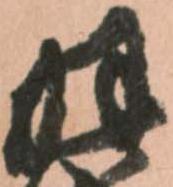
羽